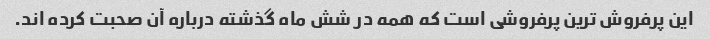
این پرفروش ترین پرفروشی است که همه در شش ماه گذشته درباره آن صحبت کرده اند.